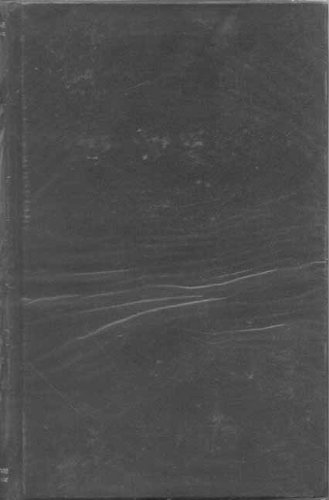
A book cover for The Jaina Sutras: Pt. 1 (Sacred Books of the East); H. Oldenberg; Religion & Spirituality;